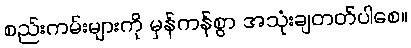
စည်းကမ်းများကို မှန်ကန်စွာ အသုံးချတတ်ပါစေ။